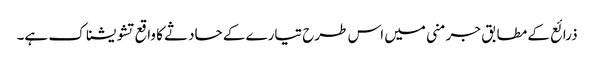
ذرائع کے مطابق جرمنی میں اس طرح تیارے کے حادثے کا واقع تشویشناک ہے۔